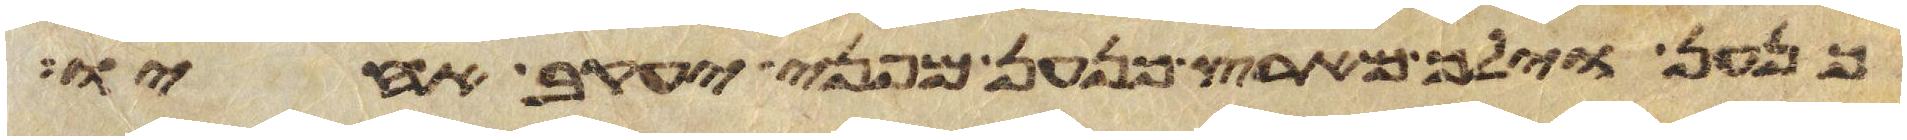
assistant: כנען וילך מארץ כנען מפני יעקב אחיו